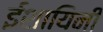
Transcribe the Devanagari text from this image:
ईशायिनी